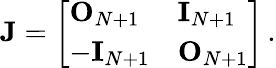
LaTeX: \mathbf{J}=\left[\begin{array}{ll}{\mathbf{O}_{N+1}}&{\mathbf{I}_{N+1}}\\ {-\mathbf{I}_{N+1}}&{\mathbf{O}_{N+1}}\end{array}\right]\, .